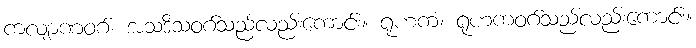
ကလျာဏဝဂ်၊ အသဒိသဝဂ်သည်လည်းကောင်း။ ရုဟကံ၊ ရုဟကဝဂ်သည်လည်းကောင်း။